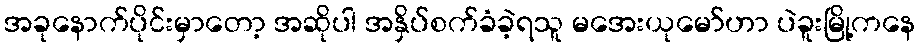
အခုနောက်ပိုင်းမှာတော့ အဆိုပါ အနှိပ်စက်ခံခဲ့ရသူ မအေးယုမော်ဟာ ပဲခူးမြို့ကနေ